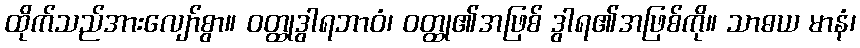
ထိုက်သည်အားလျော်စွာ။ ဝတ္ထုဒွါရဘာဝံ၊ ဝတ္ထု၏အဖြစ် ဒွါရ၏အဖြစ်ကို။ သာဓယ မာနံ၊